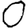
Digit: 0